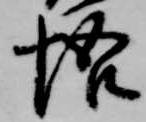
悟